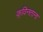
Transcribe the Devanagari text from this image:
क़्विनताना